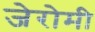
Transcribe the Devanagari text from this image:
जेरोमी